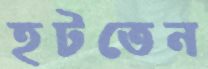
হটতেন